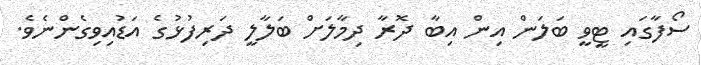
ސޯފާގައި ޓީވީ ބަލަން އިން އިބާ ދޮރާ ދިމާލަށް ބަލާލީ ދަރިފުޅުގެ އަޑުއިވިގެންނެވެ.